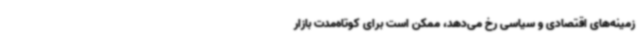
زمینه‌های اقتصادی و سیاسی رخ می‌دهد، ممکن است برای کوتاه‌مدت بازار